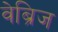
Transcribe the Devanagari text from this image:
वेब्रिज